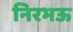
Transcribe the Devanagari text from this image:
निरभऊ